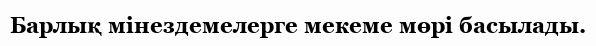
Барлық мінездемелерге мекеме мөрі басылады.